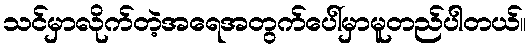
သင်မှာလိုက်တဲ့အရေအတွက်ပေါ်မှာမူတည်ပါတယ်။